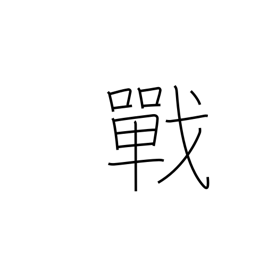
Meaning: fighting